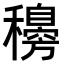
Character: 𥣰